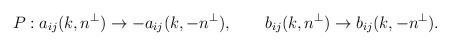
\begin{align*}P: a_{ij}(k,n^\perp)\rightarrow -a_{ij}(k,-n^\perp),\qquad b_{ij}(k,n^\perp)\rightarrow b_{ij}(k,-n^\perp).\end{align*}